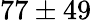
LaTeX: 77\pm 49